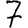
Digit: 7